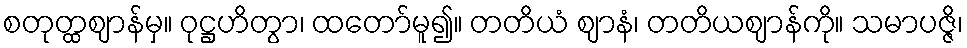
စတုတ္ထဈာန်မှ။ ဝုဋ္ဌဟိတွာ၊ ထတော်မူ၍။ တတိယံ ဈာနံ၊ တတိယဈာန်ကို။ သမာပဇ္ဇိ၊